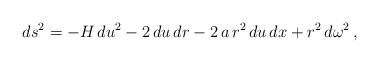
\begin{align*}ds^2=-H\, du^2 -2\, du\, dr -2\, a\, r^2\, du\, dx +r^2\, d\omega^2\, ,\end{align*}